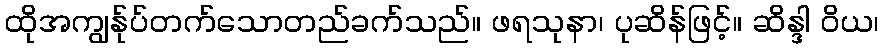
ထိုအကျွန်ုပ်တက်သောတည်ခက်သည်။ ဖရသုနာ၊ ပုဆိန်ဖြင့်။ ဆိန္ဒါ ဝိယ၊